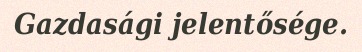
Gazdasági jelentősége.